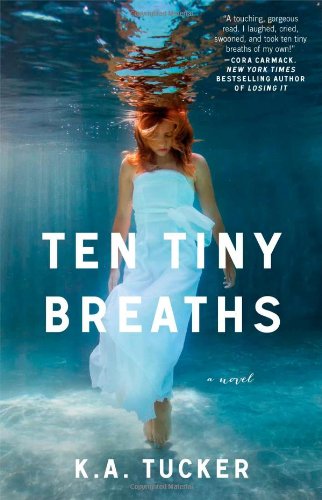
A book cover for Ten Tiny Breaths: A Novel (The Ten Tiny Breaths Series); K.A. Tucker; Romance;